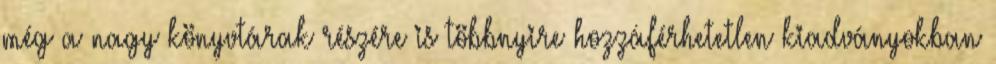
még a nagy könyvtárak részére is többnyire hozzáférhetetlen kiadványokban